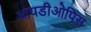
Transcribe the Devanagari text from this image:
आयडीओपिस